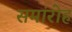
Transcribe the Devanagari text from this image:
समांरोह